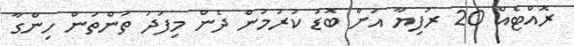
ރޮއްޓެއް 20 ރުފިޔާ އަށް ބޮޑު ކުރުމުން ދެން މިފަދަ ތަންތަން ހިންގާ